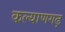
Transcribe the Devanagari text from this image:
कल्याणगढ़